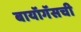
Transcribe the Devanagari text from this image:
बायॉगॅसची